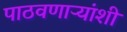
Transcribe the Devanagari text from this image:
पाठवणाऱ्यांशी